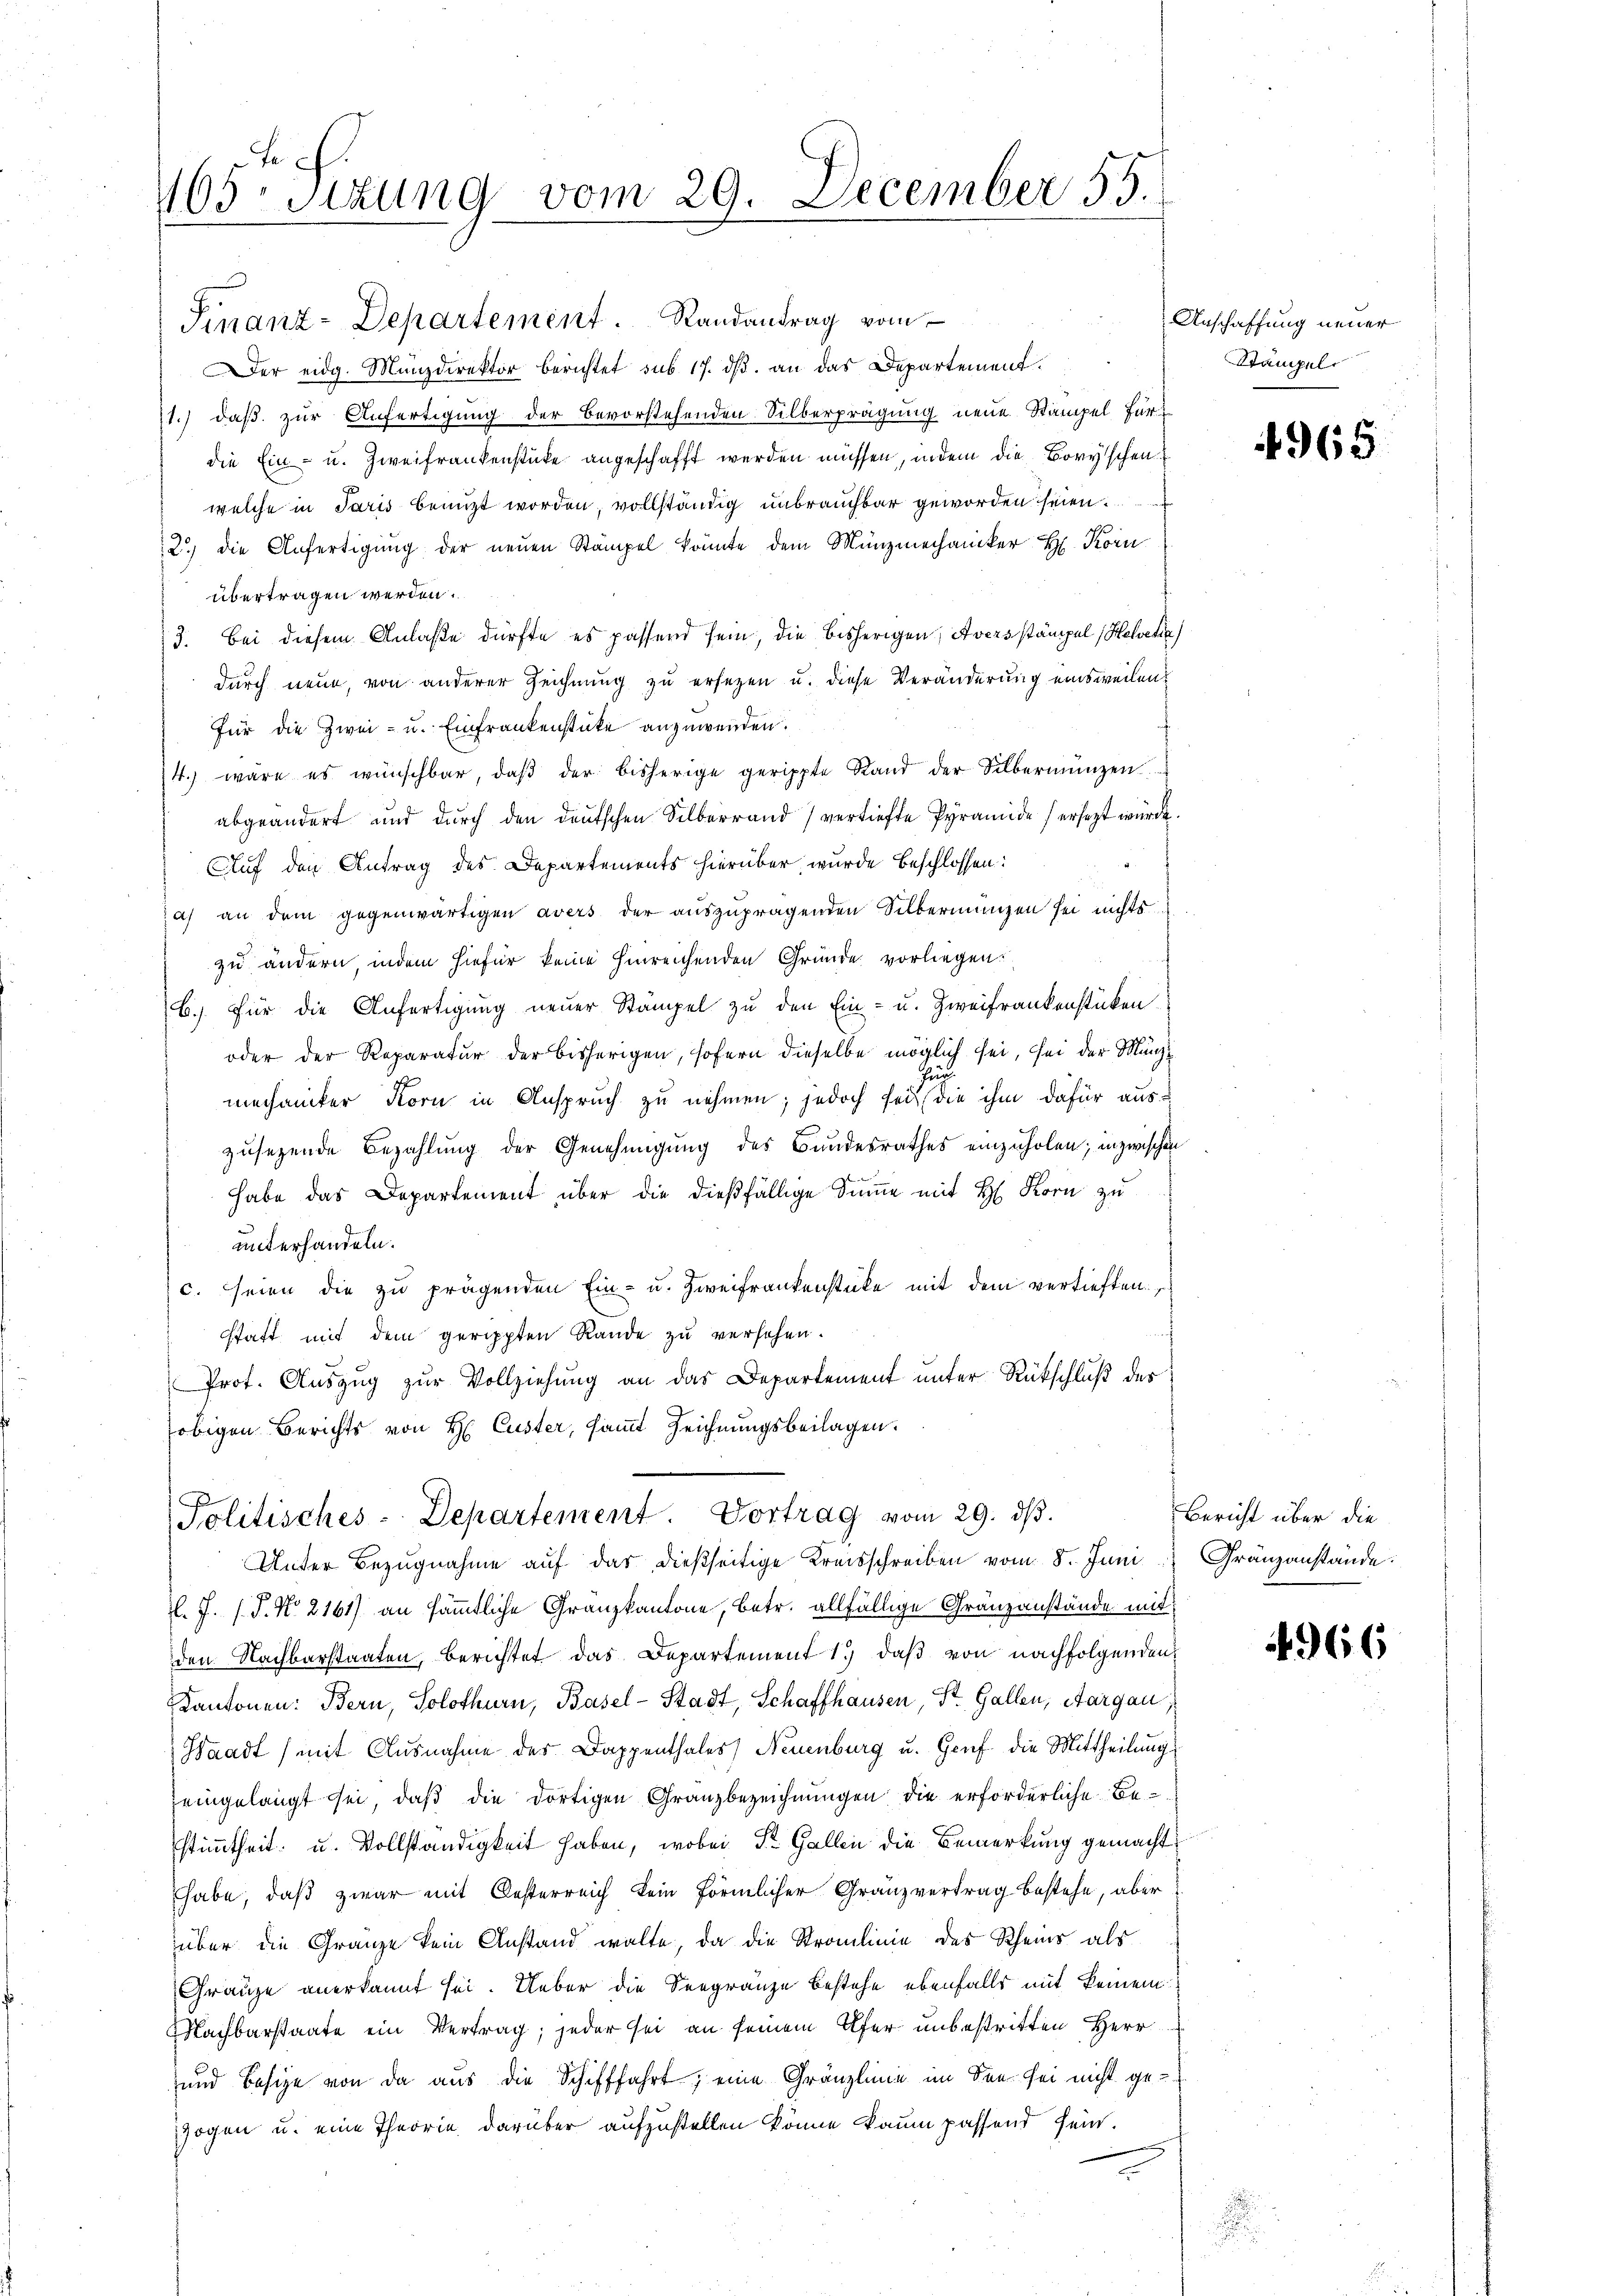
405 sizung vom 29. December 55.

Finanz-Departement. Randantrag vom
er eidg. Münzdirektor berichtet sus 17. dβ an das Departement.
1.) daß zur Anfertigung der bevorstehenden Silberprägung neue Stampel für
die Ein- u. Zweifrankenstücke angeschafft werden müssen, indem die Boryschen
welche in Paris benuzt worden, vollständig unbrauchbar geworden seien.
2.) die Anfertigŭng der neŭen Stämpel könnte dem Münzmechaniker H. Korn
übertragen werden.
3. Bei diesem Anlaße dürfte es passend sein, die bisherigen, Aversstämpel Helvetia
durch neue, von anderer Zeichnung zu ersetzen u. diese Veränderung einsweilen,
für die Zwei- u. Einfrankenstücke anzuwenden.
4. wäre es wünschbar, daβ der bisherige gerippte Stand der Silbermünzen
abgeändert und durch den deutschen Silberrand) vertiefte Pyramide (ersezt würde
Auf den Antrag des Departements hierüber, wurde beschlossen:
a) an dem gegenwärtigen avers der aŭszŭpragenden Silbermangen sei nichts
zu ändern, indem hiefür keine hinreichenden Gründe vorliegen.
b.) Für die Anfertigung neuer Stampel zu den Ein- u. Zweifrankenstücken
oder der Reparatur der bisherigen, sofern dieselbe möglich sei, sei der Münzfür
mechaniker Korn in Anspruch zu nehmen; jedoch sei die ihm dafür auszusehende Bezahlung der Genehmigung des Bundesrathes einzuholen; inzwischen
habe das Departement über die dießfällige Summe mit H. Korn zu
unterhandeln.
c. seien die zu prägenden Ein- u. Zweifrankenstücke mit dem vertieften,
t
statt mit dem gerippten Rande zu versehen.
Prot. Auszug zur Vollziehung an das Departement unter Rückschluß der
obigen Berichts von H. Custer, sammt Zeichnungsbeilagen.
Politisches-Departement. Vortrag vom 29. dβ.
Unter Bezugnahme auf das dießseitige Kreisschreiben vom 8. Juni
l. J. (T. No. 2161) an sämmtliche Granzkantone, betr. allfällige Gränzanstände mit
den Nachbarstaaten, berichtet das Departement 1.) daß von nachfolgenden
Kantonen: Bern, Solothurn, Basel-Stadt, Schaffhausen, St. Gallen, Aargau
Waadt (mit Ausnahme des Dappenthales) Neuenburg u. Gruf die Mittheilung
eingelangt sei, daß die dortigen Granzbezeichnungen die erforderliche Bestimmtheit u. Vollständigkeit haben, wobei St. Gallen die Bemerkung gemacht
habe, daß zwar mit Oesterreich kein förmlicher Granzvertrag bestehe, aber
über die Gränze kein Anstand walte, da die Straulinie des Rheins als
Grauze anerkannt sei. Ueber die Seegränze bestehe ebenfalls mit keinem
Nachbarstaate ein Vertrag; jeder sei an seinem Ufer unbestritten Herr
und Besize von da aus die Schifffahrt; eine Gränzlinie im See sei nicht ge-
Zogen u. eine Theorie darüber aufzustellen könne kaum passend sein.

Anschaffung neuer
Stämpel

4965

Bericht über die
Gränzanstände:

4966